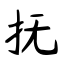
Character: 抚